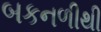
બકનળીથી